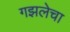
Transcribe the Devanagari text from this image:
गझलेचा